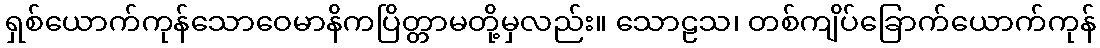
ရှစ်ယောက်ကုန်သောဝေမာနိကပြိတ္တာမတို့မှလည်း။ သောဠသ၊ တစ်ကျိပ်ခြောက်ယောက်ကုန်